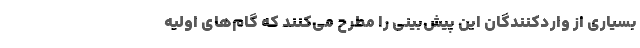
بسیاری از واردکنندگان این پیش‌بینی را مطرح می‌کنند که گام‌های اولیه